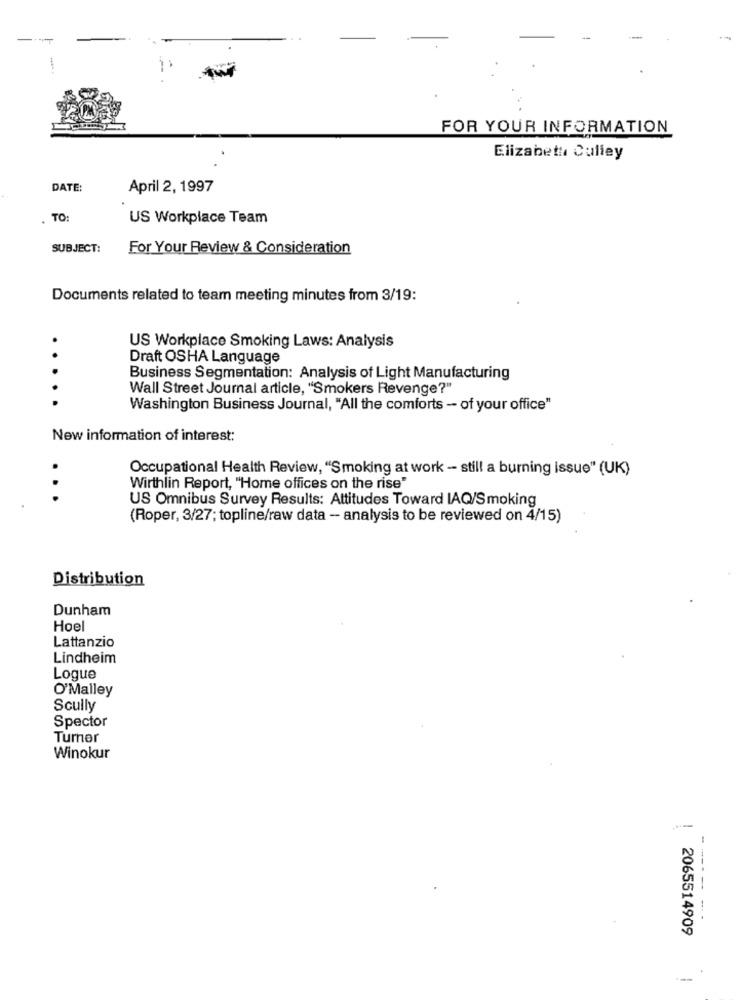
FOR YOUR INFORMATION
Elizabeth Culiey
DATE:
April 2, 1997
. TO:
US Workplace Team
SUBJECT:
For Your Review & Consideration
Documents related to team meeting minutes from 3/19:
US Workplace Smoking Laws: Analysis
Draft OSHA Language
Business Segmentation: Analysis of Light Manufacturing
Wall Street Journal article, "Smokers Revenge?"
.
Washington Business Journal, "All the comforts - of your office"
New information of interest:
Occupational Health Review, "Smoking at work - still a burning issue" (UK)
Wirthlin Report, "Home offices on the rise"
...
US Omnibus Survey Results: Attitudes Toward IAQ/Smoking
(Roper, 3/27; topline/raw data - analysis to be reviewed on 4/15)
Distribution
Dunham
Hoel
Lattanzio
Lindheim
Logue
O'Malley
Scully
Spector
Turner
Winokur
------
2065514909